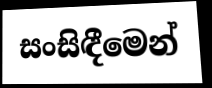
සංසිඳීමෙන්